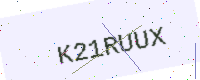
Text: K21RUUX